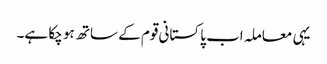
یہی معاملہ اب پاکستانی قوم کے ساتھ ہو چکا ہے۔